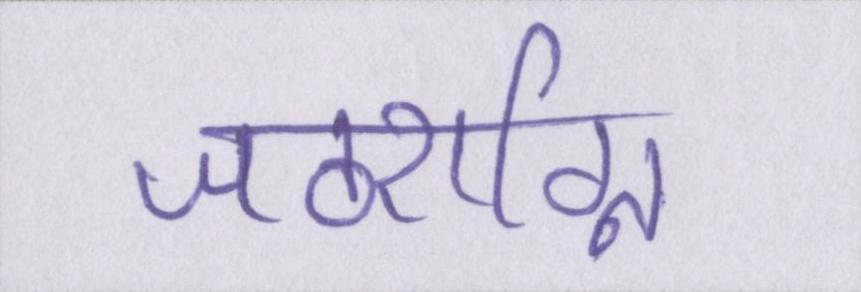
जठराग्नि